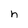
Character: h